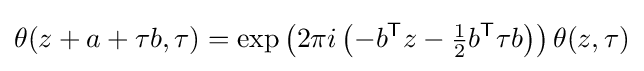
\theta (z+a+\tau b,\tau )=\exp \left(2\pi i\left(-b^{\mathsf {T}}z-{\tfrac {1}{2}}b^{\mathsf {T}}\tau b\right)\right)\theta (z,\tau )